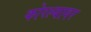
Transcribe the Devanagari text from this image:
कोरल्यावर